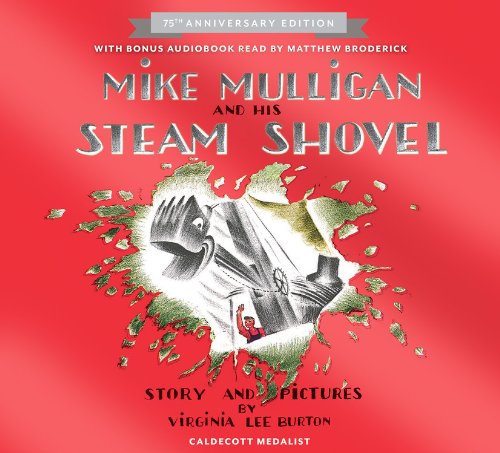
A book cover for Mike Mulligan and His Steam Shovel 75th Anniversary; Virginia Lee Burton; Children's Books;